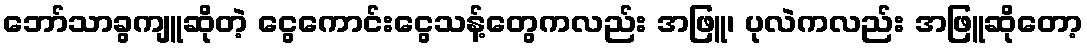
ဘော်သာခွကျူဆိုတဲ့ ငွေကောင်းငွေသန့်တွေကလည်း အဖြူ၊ ပုလဲကလည်း အဖြူဆိုတော့